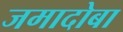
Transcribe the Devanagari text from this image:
जमादोबा